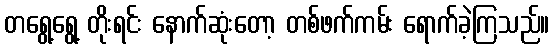
တရွေ့ရွေ့ တိုးရင်း နောက်ဆုံးတော့ တစ်ဖက်ကမ်း ရောက်ခဲ့ကြသည်။